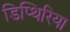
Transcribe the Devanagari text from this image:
डिप्थिरिया